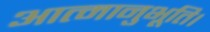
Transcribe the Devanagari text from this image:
आत्मानुभूति।